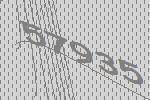
57935